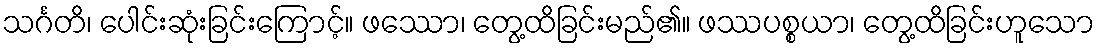
သင်္ဂတိ၊ ပေါင်းဆုံးခြင်းကြောင့်။ ဖဿော၊ တွေ့ထိခြင်းမည်၏။ ဖဿပစ္စယာ၊ တွေ့ထိခြင်းဟူသော